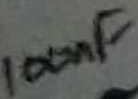
Text: 100nF